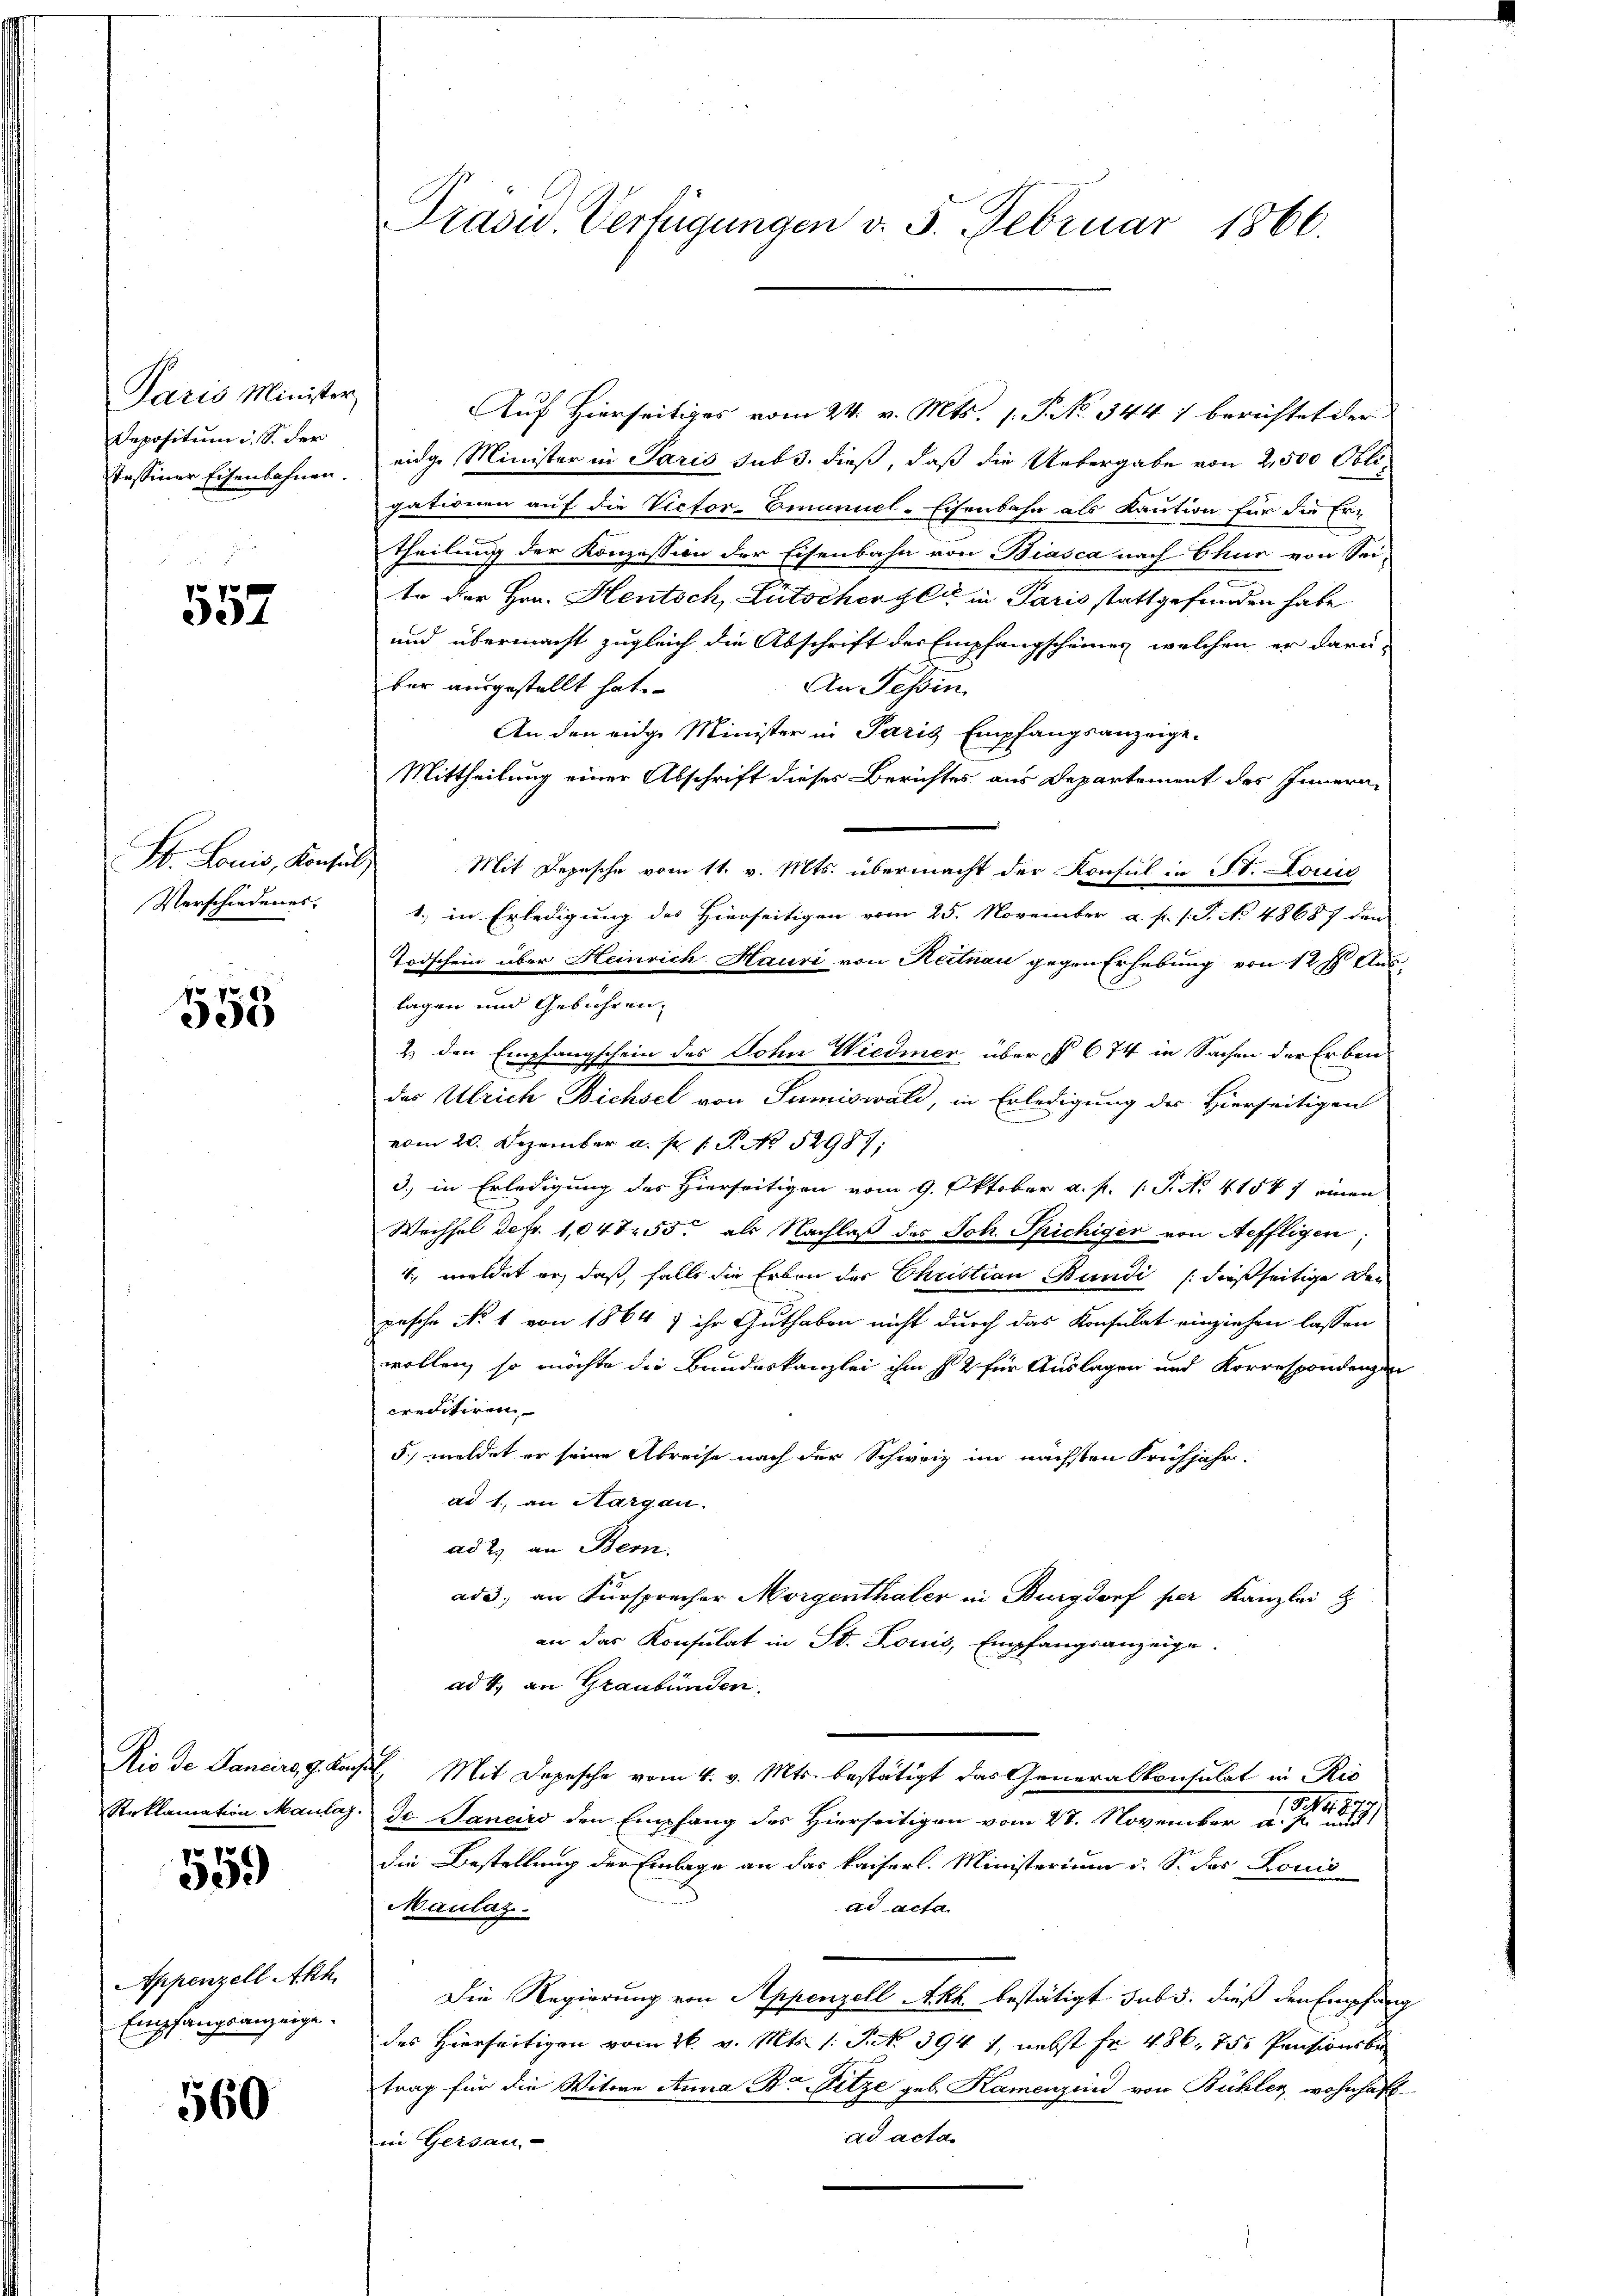
Paris Minister
Depositum i. S. der
Tassiner Eisenbahnen.

557

Verschiedenes.

555

0 x
339

Appenzell Abth.
Empfangsanzeige.

560

Präsid. Verfügungen d. 5. Februar 1866.

Auf Hierseitiges vom 24. v. Mts. 1. P. No. 344) berichtet der
eidge Minister in Paris sub 3. dieß, daß die Uebergabe von 2,500 Obligationen auf die Victor-Emanuel-Eisenbahn als Kaution für die Er-
Theilung der Konzession der Eisenbahn von Biasca nach Chur von Sei-
te der Hrn. Heutsch, Lütscher sei in Paris stattgefunden habe.
und übermacht zugleich die Abschrift der Empfangscheines, welchen er darü-
ber ausgestellt hat.
An Tessin.
An den eidge Minister in Paris Empfangsanzeige¬
Mittheilung einer Abschrift dieses Berichtes aus Departement des Innern
St. Louis, Konsul, Mit Depesche vom 11. v. Mts. übermacht der Konsul in St. Louis
1.) in Erledigung des Hierseitigen vom 25. November a. p. s. S. No 48687 den
Todschein über Heinrich Hauri von Heitnau gegen Erhebung von 12 f. Aus
tagen und Gebühren.
2.) Den Empfangschein des Sohn Wiedmer über § 674 in Sachen der Erben
das Ulrich Bichsel von Sumiswald, in Erledigung des Hierseitigen
vom 20. Dezember a. p. 1. P. No. 52987;
3.) in Erledigung des Hierseitigen vom 9. Oktober a. f. 1: P. No. 41547 einen
Wechsel defr. 1,04855 als Nachlaß des Joh. Spichiger von Aeffligen
4., meldet er, daß, falls die Erben der Christian Bundi / dießseitige Den
pasche No 1 von 1864 7 ihr Guthaben nicht durch das Konsulat einziehen lassen
wollen, so möchte die Bundeskanzlei ihm s & für Auslagen und Korrespondenzen
creditiren
5) meldet er seine Abreise nach der Schweiz im nächsten Frühjahr-
ad 1., an Sargau.
ad 2. an Bern.
ad 3. an Fürsprecher Morgenthaler in Burgdorf per Kanzlei
an das Konsulat in St. Louis, Empfangsanzeige.
ad 4. an Graubünden,
Rio de Sancirs, 9. Kons. Mit Depesche vom 4. v. Mts. bestätigt das Generalkonsulat in Ric
Reklamation Maulag. Je Janeiro den Empfang des Hierseitigen vom 27. November . . . 1879)
die Bestellung der Einlage an das kaiserl. Ministerium d. S. der Louis
Maulaz
ad acta
Die Regierung von Appenzell Akh. bestätigt. sub 3. dieß den Empfang
des Hierseitigen vom 26. v. Mts. (: St. 394 1, nebst fr. 486. 75. Pensionsbe
trag für die Witwe Anna B. Pitze geb. Kamenzind von Bühler, wohnhaft
ad acta.
in Gersau